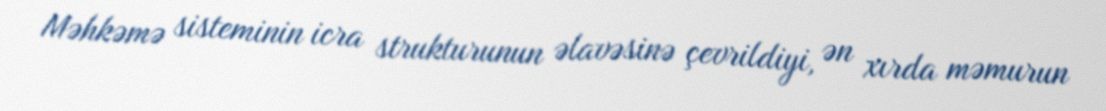
Məhkəmə sisteminin icra strukturunun əlavəsinə çevrildiyi, ən xırda məmurun